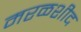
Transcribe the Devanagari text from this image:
मरळशीद